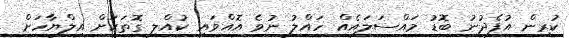
ކުރިން އުފެދުނު ބޮޑު މައްސަލައެއް ހައްލު ނުވެ އޮއްވައި ކުއްލި ގޮތަކަށް އިލްޔާހަށް